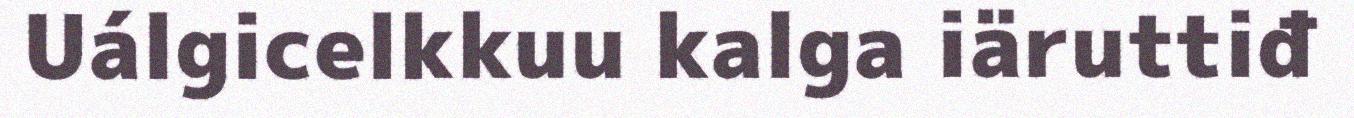
Uálgicelkkuu kalga iäruttiđ